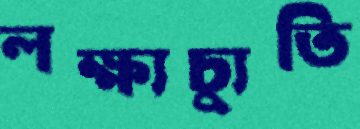
লক্ষ্যচ্যুতি